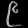
Digit: ၉